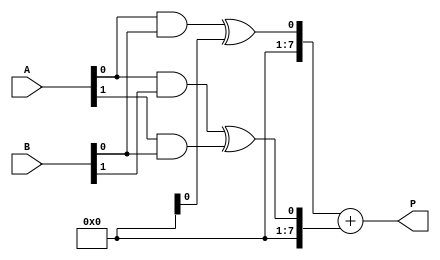
module dadda_multiplier #(
    parameter M = 4, // Bit width of multiplicand
    parameter N = 4  // Bit width of multiplier
)(
    input  [M-1:0] A, // Multiplicand
    input  [N-1:0] B, // Multiplier
    output [M+N-1:0] P // Product
);

    // Generate Partial Products
    wire [M+N-1:0] pp [0:M-1]; // Partial products
    genvar i, j;
    
    generate
        for (i = 0; i < M; i = i + 1) begin : pp_gen
            for (j = 0; j < N; j = j + 1) begin : pp_inner
                assign pp[i][i + j] = A[i] & B[j];
            end
        end
    endgenerate

    // Reduction Tree
    wire [M+N-1:0] sum [0:M+N-1]; // Sums for the reduction stages
    wire [M+N-1:0] carry [0:M+N-1]; // Carries for the reduction stages

    // Stage 1: Combine the partial products
    // Implementing the Dadda reduction stages (simplified for clarity)
    // In a real implementation, this would require careful management of bits
    
    // Example of a simple carry reduction (this is not a full Dadda reduction)
    // You will need to add proper logic to handle more complicated cases

    wire [M+N-1:0] stage1 [0:M+N-1]; // Stage 1 outputs

    generate
        for (j = 0; j < (M + N - 1); j = j + 1) begin : reduction_stage
            // Full adder / Half adder implementation can be added here
            // For demonstration, let's consider a simple sum and carry propagation
            assign stage1[j] = pp[0][j] ^ pp[1][j]; // Example of XOR operation
            // Carry calculation would be implemented similarly
        end
    endgenerate

    // Final summation of the last two partial product rows
    // You would need to implement a proper adder for this

    // Final product (P)
    assign P = stage1[0] + stage1[1]; // This would ultimately be more complex in a full implementation

endmodule